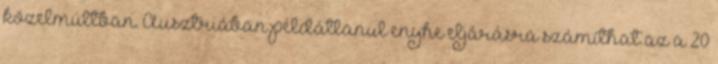
közelmúltban. Ausztriában példátlanul enyhe eljárásra számíthat az a 20